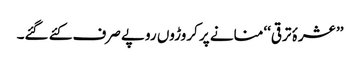
’’عشرۂ ترقی‘‘ منانے پر کروڑوں روپے صرف کئے گئے۔